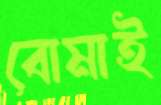
বোমাই